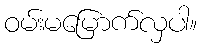
ဝမ်းမမြောက်လှပါ။